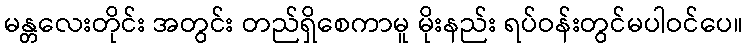
မန္တလေးတိုင်း အတွင်း တည်ရှိစေကာမူ မိုးနည်း ရပ်ဝန်းတွင်မပါဝင်ပေ။